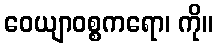
ဝေယျာဝစ္စကရော၊ ကို။